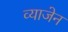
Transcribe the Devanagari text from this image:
व्याजेन